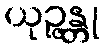
ယုဉ္ဇန္တု